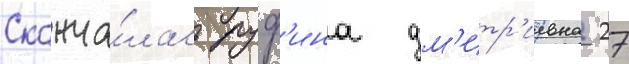
Сконча́лась руф'ина дм'итр'иевна 27